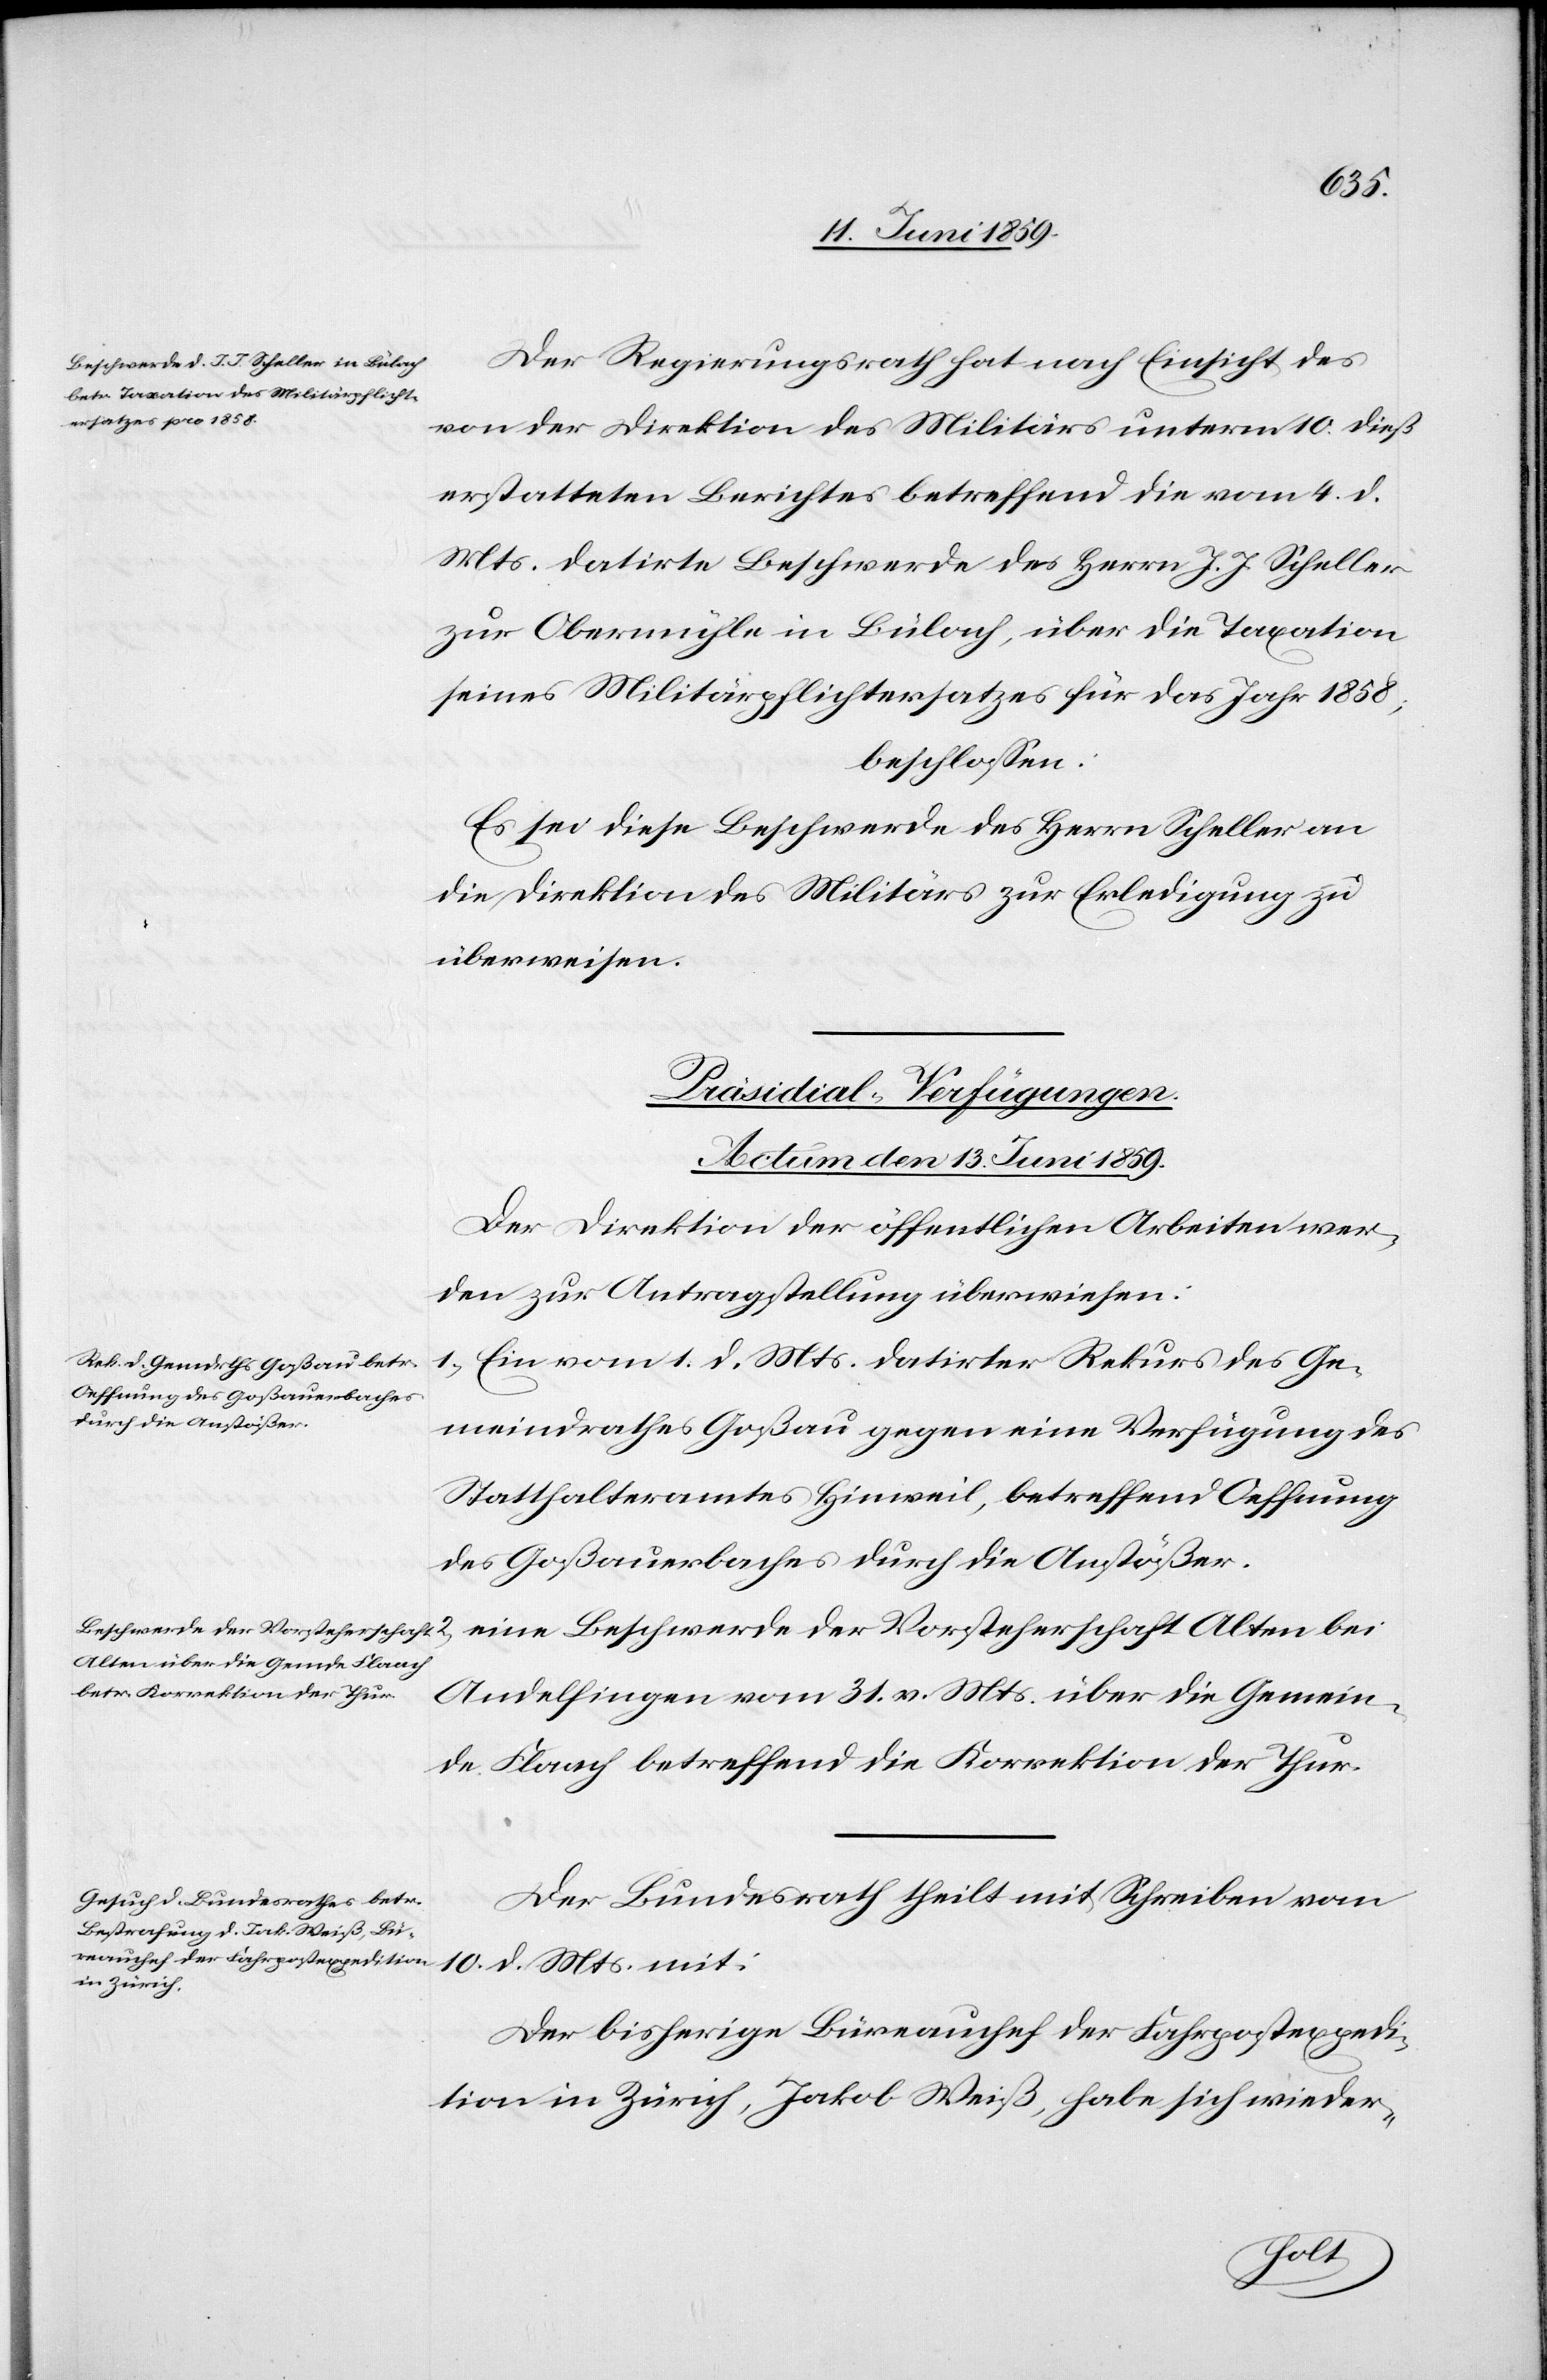
Der Regierungsrath hat nach Einsicht des
von der Direktion des Militärs unterm 10. dieß
erstatteten Berichtes betreffend die vom 4. d.
Mts. datirte Beschwerde des Herrn J. J. Scheller
zur Obermühle in Bülach, über die Taxation
seines Militärpflichtersatzes für das Jahr 1858;
beschlossen:
Es sei diese Beschwerde des Herrn Scheller an
die Direktion des Militärs zur Erledigung zu
überweisen.
[Präsidial-Verfügungen.
Actum den 13. Juni 1859.]
Der Direktion der öffentlichen Arbeiten wer¬
den zur Antragstellung überwiesen:
1) Ein vom 1. d. Mts. datirter Rekurs des Ge¬
meindrathes Goßau gegen eine Verfügung des
Statthalteramtes Hinweil, betreffend Oeffnung
des Goßaubaches durch die Anstößer.
Beschwerde der Vorsteherschaft Alten bei Andelfingen vom 31. v. Mts. über die Gemeinde Flaach betre¬
Der Bundesrath theilt mit Schreiben vom
10. d. Mts. mit:
der Thur.
Der bisherige Büreauchef der Fahrpostexpedi¬
tion in Zürich, Jakob Weiß, habe sich wieder-
[Fort¬